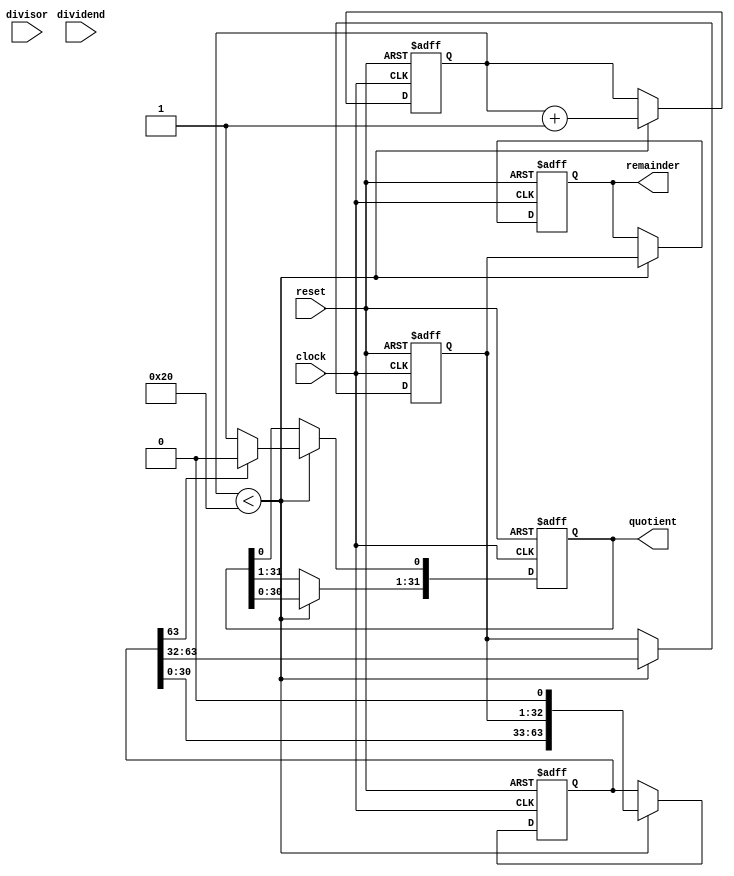
module synchronous_divider (
    input [31:0] dividend,
    input [31:0] divisor,
    input clock,
    input reset,
    output reg [31:0] quotient,
    output reg [31:0] remainder
);

reg [63:0] partial_product;
reg [31:0] temp_remainder;
reg [5:0] count;

always @(posedge clock or posedge reset) begin
    if(reset) begin
        quotient <= 32'b0;
        remainder <= 32'b0;
        partial_product <= 64'b0;
        temp_remainder <= 32'b0;
        count <= 6'b0;
    end
    else begin
        if(count < 32) begin
            partial_product <= {partial_product[62:0], dividend} - divisor;
            temp_remainder <= partial_product[63:32];
            quotient <= quotient << 1;
            if(partial_product[63] == 0) begin
                quotient[0] <= 1;
            end
            partial_product <= {partial_product[62:0], temp_remainder} << 1;
            remainder <= temp_remainder;
            count <= count + 1;
        end
    end
end

endmodule